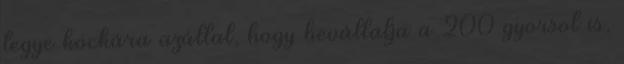
tegye kockára azáltal, hogy bevállalja a 200 gyorsot is,